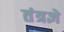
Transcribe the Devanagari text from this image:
तंत्रज्ञे